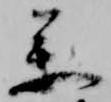
参